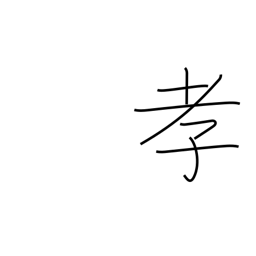
Meaning: child's respect